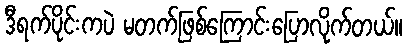
ဒီရက်ပိုင်းကပဲ မတက်ဖြစ်ကြောင်းပြောလိုက်တယ်။